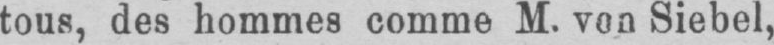
tous, des hommes comme M. von Siebel,